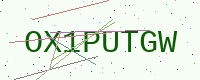
Text: OX1PUTGW